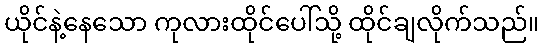
ယိုင်နဲ့နေသော ကုလားထိုင်ပေါ်သို့ ထိုင်ချလိုက်သည်။